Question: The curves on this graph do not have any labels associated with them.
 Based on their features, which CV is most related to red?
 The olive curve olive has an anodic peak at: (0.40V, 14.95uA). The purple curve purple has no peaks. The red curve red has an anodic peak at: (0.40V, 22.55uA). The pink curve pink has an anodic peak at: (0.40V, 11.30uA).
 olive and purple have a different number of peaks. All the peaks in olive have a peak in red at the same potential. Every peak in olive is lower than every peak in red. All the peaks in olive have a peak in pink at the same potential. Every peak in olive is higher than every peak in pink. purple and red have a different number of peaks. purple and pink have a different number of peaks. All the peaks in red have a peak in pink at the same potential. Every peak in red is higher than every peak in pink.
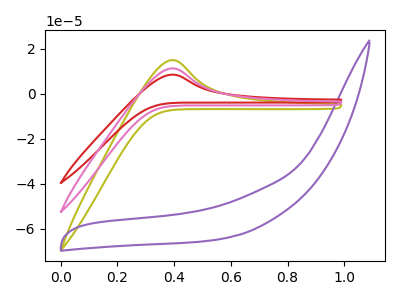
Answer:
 <answer>"red" and "pink" have a similar shape to "olive".</answer>
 <eval>"red" "pink"</eval>